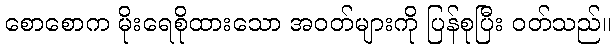
စောစောက မိုးရေစိုထားသော အဝတ်များကို ပြန်စုပြီး ဝတ်သည်။